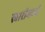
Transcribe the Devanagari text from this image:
स्वारीमध्यें